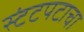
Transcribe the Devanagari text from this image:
स्टंटपटाचा